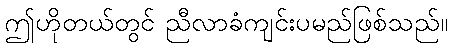
ဤဟိုတယ်တွင် ညီလာခံကျင်းပမည်ဖြစ်သည်။